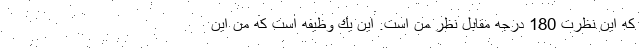
كه اين نظرت 180 درجه مقابل نظر من است. اين يك وظيفه است كه من اين